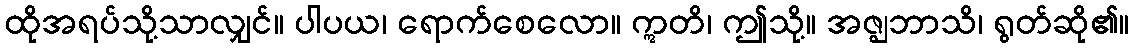
ထိုအရပ်သို့သာလျှင်။ ပါပယ၊ ရောက်စေလော။ ဣတိ၊ ဤသို့။ အဇ္ဈဘာသိ၊ ရွတ်ဆို၏။